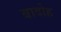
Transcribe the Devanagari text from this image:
बादोह